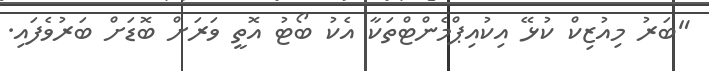
"ބަރު މިއުޒިކް ކުޅޭ އިކުއިޕްމެންޓްތަކާ އެކު ބޯޓު އޮތީ ވަރަށް ބޮޑަށް ބަރުވެފައި.